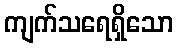
ကျက်သရေရှိသော